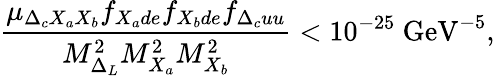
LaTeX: {\frac{\mu_{\Delta_{c}X_{a}X_{b}}f_{X_{a}de}f_{X_{b}de}f_{\Delta_{c}uu}}{M_{\Delta_{L}}^{2}M_{X_{a}}^{2}M_{X_{b}}^{2}}}<10^{-25}~\mathrm{GeV}^{-5},